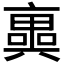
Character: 𠆑